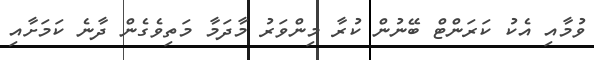
ވުމާއި އެކު ކަރަންޓް ބޭނުން ކުރާ މިންވަރު މާދަމާ މަތިވެގެން ދާނެ ކަމަށާއި